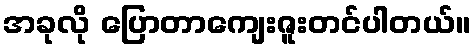
အခုလို ပြောတာကျေးဇူးတင်ပါတယ်။